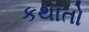
કથાતો